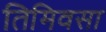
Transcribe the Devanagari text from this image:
तिमिवसा